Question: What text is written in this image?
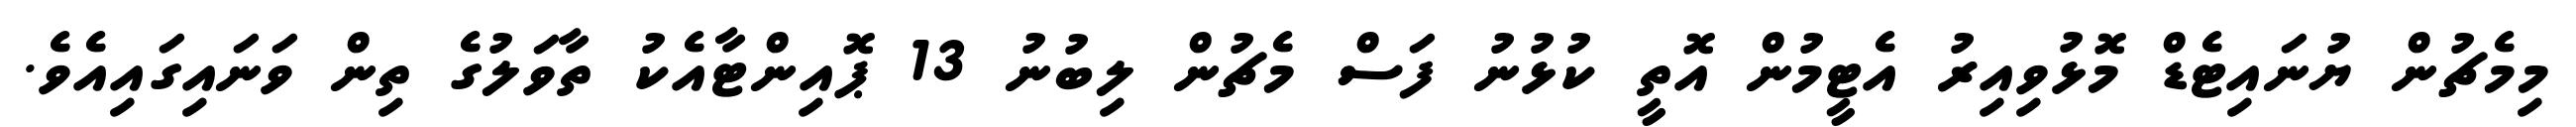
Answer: މިމެޗުން ޔުނައިޓެޑް މޮޅުވިއިރު އެޓީމުން އޮތީ ކުޅުނު ފަސް މެޗުން ލިބުނު 13 ޕޮއިންޓާއެކު ތާވަލުގެ ތިން ވަނައިގައިއެވެ.